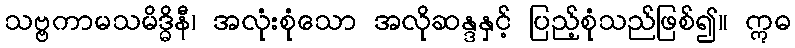
သဗ္ဗကာမသမိဒ္ဓိနီ၊ အလုံးစုံသော အလိုဆန္ဒနှင့် ပြည့်စုံသည်ဖြစ်၍။ ဣဓ